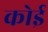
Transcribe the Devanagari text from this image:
कोई